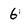
Character: 6